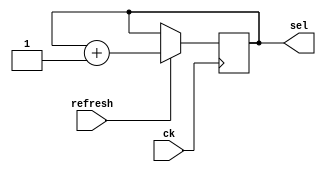
`timescale 1ns/1ps

module cnt_8(
    input ck,
    input refresh,
    output reg [2:0] sel
);

    reg [2:0] sel_next;

    // sel transition
    always @(posedge ck) begin
        sel <= sel_next;
    end

    // new sel logic
    always @(sel, refresh) begin
        if (refresh) sel_next = sel + 1;
        else sel_next = sel;
    end

endmodule

module dec3_8(
    input [2:0] sel,
    output reg [7:0] an
);

    always @(sel) begin
        case (sel)
            3'h0: an = 8'b1111_1110;
            3'h1: an = 8'b1111_1101;
            3'h2: an = 8'b1111_1011;
            3'h3: an = 8'b1111_0111;
            3'h4: an = 8'b1110_1111;
            3'h5: an = 8'b1101_1111;
            3'h6: an = 8'b1011_1111;
            3'h7: an = 8'b0111_1111;
            default: an = 8'b1111_1111;
        endcase
    end

endmodule

module gen_refresh(
    input ck,
    output refresh
);

    reg [26:0] cnt, cnt_next;
    parameter [26:0] MAX_CNT = 27'd99_999;

    always @(posedge ck) begin
        cnt <= cnt_next;
    end

    always @(cnt) begin
        if (cnt == MAX_CNT) cnt_next = 0;
        else cnt_next = cnt + 1;
    end

    assign refresh = (cnt == MAX_CNT) ? 1 : 0;

endmodule

module mux_4(
    input [3:0] seg0, seg1, seg2, seg3, seg4, seg5, seg6, seg7,
    input [2:0] sel,
    output reg [3:0] in_seg
);

    always @(seg0, seg1, seg2, seg3, seg4, seg5, seg6, seg7, sel) begin
        case (sel)
            4'h0: in_seg = seg0;
            4'h1: in_seg = seg1;
            4'h2: in_seg = seg2;
            4'h3: in_seg = seg3;
            4'h4: in_seg = seg4;
            4'h5: in_seg = seg5;
            4'h6: in_seg = seg6;
            4'h7: in_seg = seg7;
            default: in_seg = 4'h0;
        endcase
    end

endmodule

module seven_segments(
	input [3:0] in_seg,
	output reg [6:0] c // {ca, cb, cc, cd, ce, cf, cg}
);

	always @(in_seg) begin
		case (in_seg)
			4'h0: c = 7'b0000001;
			4'h1: c = 7'b1001111;
			4'h2: c = 7'b0010010;
			4'h3: c = 7'b0000110;
			4'h4: c = 7'b1001100;
			4'h5: c = 7'b0100100;
			4'h6: c = 7'b0100000;
			4'h7: c = 7'b0001111;
			4'h8: c = 7'b0000000;
			4'h9: c = 7'b0000100;
			4'hA: c = 7'b0001000;
			4'hB: c = 7'b1100000;
			4'hC: c = 7'b0110001;
			4'hD: c = 7'b1000010;
			4'hE: c = 7'b0110000;
			4'hF: c = 7'b0111000;
			default: c = 7'b1111111;
		endcase
	end

endmodule

`timescale 1ns/1ps

module eight_display(
    input ck,
    input [3:0] seg0, seg1, seg2, seg3, seg4, seg5, seg6, seg7,
    output [7:0] an,
    output [6:0] c
);
    wire refresh;
    wire [2:0] sel;
    wire [3:0] in_seg;
    

    gen_refresh u0(ck, refresh);
    cnt_8 u1(ck, refresh, sel);
    mux_4 u2(seg0, seg1, seg2, seg3, seg4, seg5, seg6, seg7, sel, in_seg);
    dec3_8 u3(sel, an);
    seven_segments u4(in_seg, c);

endmodule